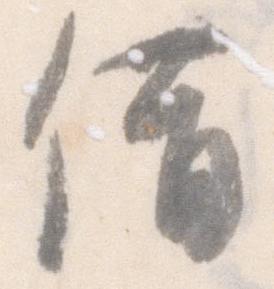
借